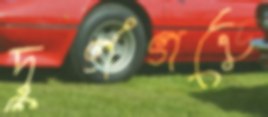
দুর্গগড়ে